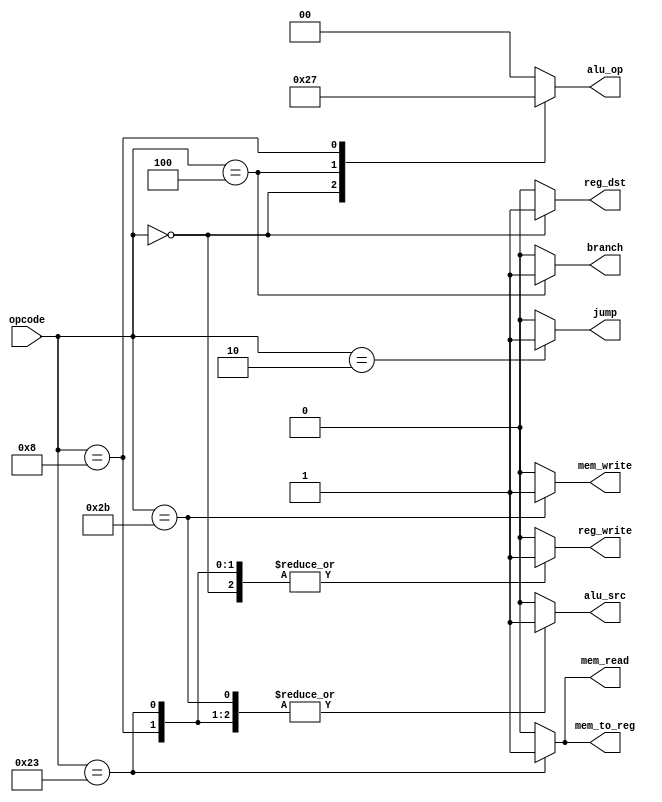
module Control(opcode, reg_dst, jump, branch, mem_read, mem_to_reg, alu_op, mem_write, alu_src, reg_write);

input wire [5:0] opcode;
output reg reg_dst;
output reg jump;
output reg branch;
output reg mem_read;
output reg mem_to_reg;
output reg [1:0] alu_op;
output reg mem_write;
output reg alu_src;
output reg reg_write;

always @* begin
    case (opcode)
        6'b000000 : begin // R-format
            reg_dst    <= 1;
            alu_src    <= 0;
            mem_to_reg <= 0;
            reg_write  <= 1;
            mem_read   <= 0;
            mem_write  <= 0;
            branch     <= 0;
            jump       <= 0;
            alu_op     <= 2;
        end
        6'b100011 : begin // lw
            reg_dst    <= 0;
            alu_src    <= 1;
            mem_to_reg <= 1;
            reg_write  <= 1;
            mem_read   <= 1;
            mem_write  <= 0;
            branch     <= 0;
            jump       <= 0;
            alu_op     <= 0;
        end
        6'b101011 : begin // sw
            reg_dst    <= 0;
            alu_src    <= 1;
            mem_to_reg <= 0;
            reg_write  <= 0;
            mem_read   <= 0;
            mem_write  <= 1;
            branch     <= 0;
            jump       <= 0;
            alu_op     <= 0;
        end
        6'b000100 : begin // beq
            reg_dst    <= 0;
            alu_src    <= 0;
            mem_to_reg <= 0;
            reg_write  <= 0;
            mem_read   <= 0;
            mem_write  <= 0;
            branch     <= 1;
            jump       <= 0;
            alu_op     <= 1;
        end
        6'b001000 : begin // addi
            reg_dst    <= 0;
            alu_src    <= 1;
            mem_to_reg <= 0;
            reg_write  <= 1;
            mem_read   <= 0;
            mem_write  <= 0;
            branch     <= 0;
            jump       <= 0;
            alu_op     <= 3;
        end
        6'b000010 : begin // J-format
            reg_dst    <= 0;
            alu_src    <= 0;
            mem_to_reg <= 0;
            reg_write  <= 0;
            mem_read   <= 0;
            mem_write  <= 0;
            branch     <= 0;
            jump       <= 1;
            alu_op     <= 0;
        end
        default : begin
            reg_dst    <= 0;
            alu_src    <= 0;
            mem_to_reg <= 0;
            reg_write  <= 0;
            mem_read   <= 0;
            mem_write  <= 0;
            branch     <= 0;
            jump       <= 0;
            alu_op     <= 0;
        end
    endcase
end

endmodule